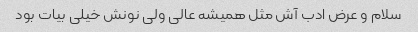
سلام و عرض ادب آش مثل همیشه عالی ولی نونش خیلی بیات بود